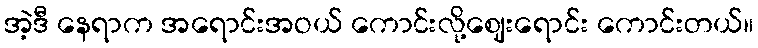
အဲ့ဒီ နေရာက အရောင်းအဝယ် ကောင်းလို့ဈေးရောင်း ကောင်းတယ်။